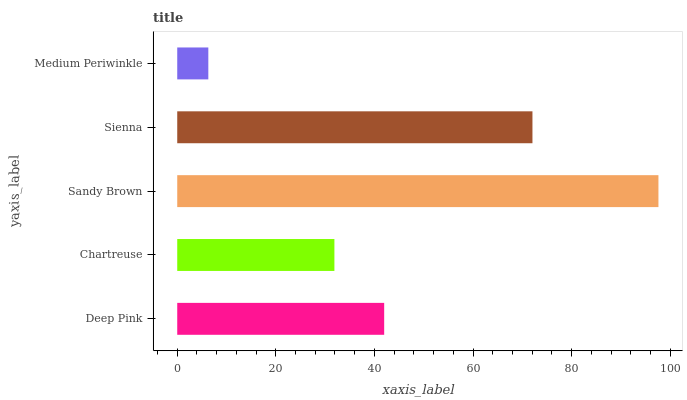
| yaxis_label | bars |
 | --- | --- |
 | Deep Pink | 42 |
 | Chartreuse | 31.9 |
 | Sandy Brown | 97.6 |
 | Sienna | 72.1 |
 | Medium Periwinkle | 6.31 |